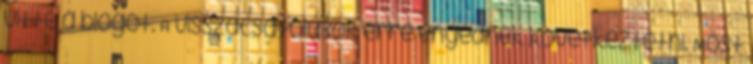
vitte a blogot. A visszacsatolások erre engednek következtetni. Most